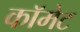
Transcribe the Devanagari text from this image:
काॅमेट